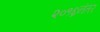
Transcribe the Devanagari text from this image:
२०१६नंतर